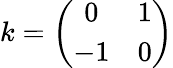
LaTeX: k=\left(\begin{array}{cc}{{0}}&{{1}}\\ {{-1}}&{{0}}\end{array}\right)